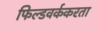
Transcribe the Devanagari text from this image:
फिल्डवर्ककरता